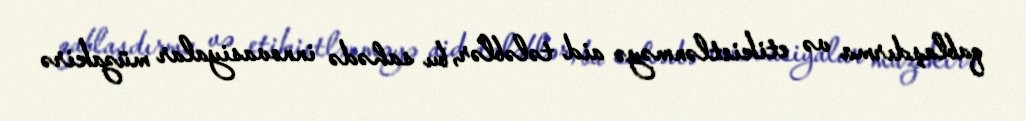
qablaşdırma və etikietlənməyə aid tələblər, bu sahədə innovasiyalar müzakirə